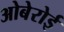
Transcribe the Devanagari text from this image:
ओबेरोई